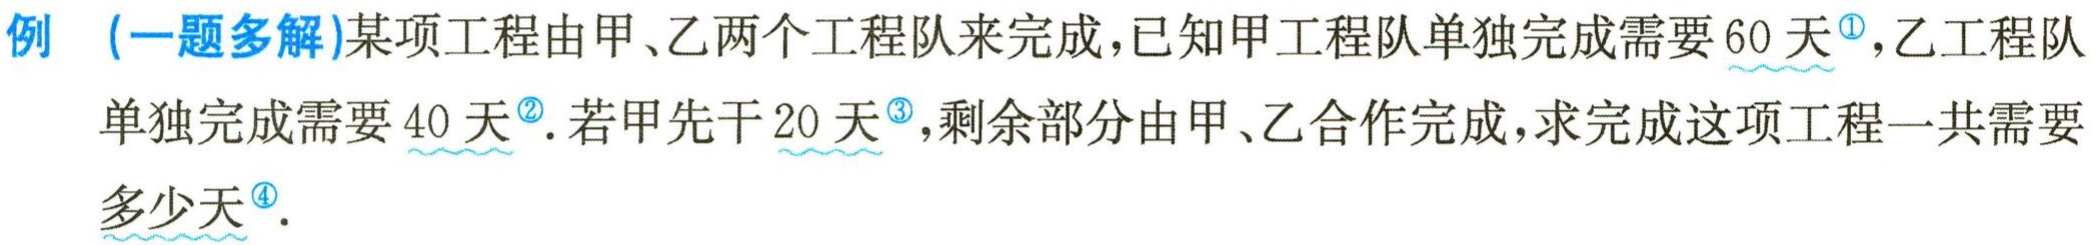
例（一题多解）某项工程由甲、乙两个工程队来完成，已知甲工程队单独完成需要60天<sup>\textcircled{1}</sup>，乙工程队单独完成需要40天<sup>\textcircled{2}</sup>. 若甲先干20天<sup>\textcircled{3}</sup>，剩余部分由甲、乙合作完成，求完成这项工程一共需要多少天<sup>\textcircled{4}</sup>.